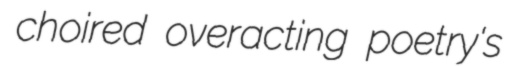
choired overacting poetry's